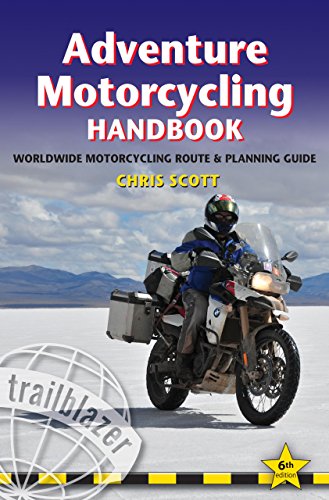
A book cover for Adventure Motorcycling Handbook: A Route & Planning Guide; Chris Scott; Sports & Outdoors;